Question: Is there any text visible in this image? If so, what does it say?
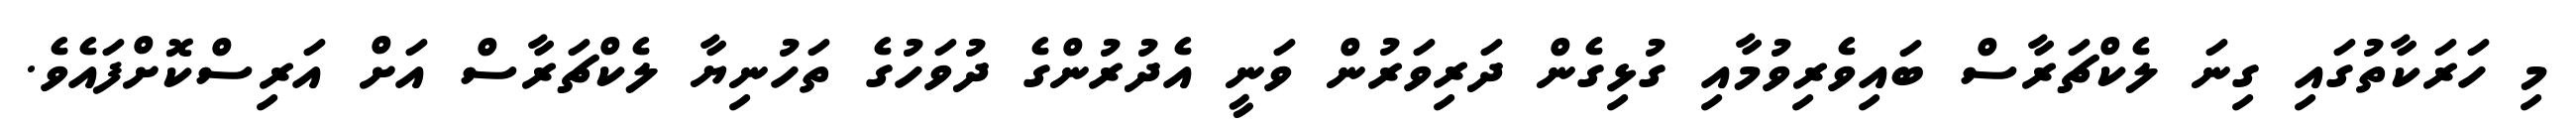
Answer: މި ހަރަކާތުގައި ގިނަ ލެކްޗަރާސް ބައިވެރިވުމާއި ގުޅިގެން ދަރިވަރުން ވަނީ އެދުރުންގެ ދުވަހުގެ ތަހުނިޔާ ލެކްޗަރާސް އަށް އަރިސްކޮށްފައެވެ.